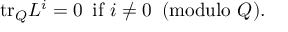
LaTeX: \mathrm { t r } _ { Q } L ^ { i } = 0 \, \, \, \mathrm { i f } \, \, i \ne 0 \, \, \, ( \mathrm { m o d u l o } \, \, Q ) .